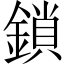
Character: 鎖